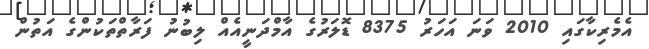
އެމެރިކާގައި 2010 ވަނަ އަހަރު 8375 ޑޮލަރުގެ އާމްދަނީއެއް ލިބުނު ފަރާތްތަކުންގެ އަތުން